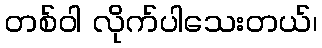
တစ်ဝါ လိုက်ပါသေးတယ်၊